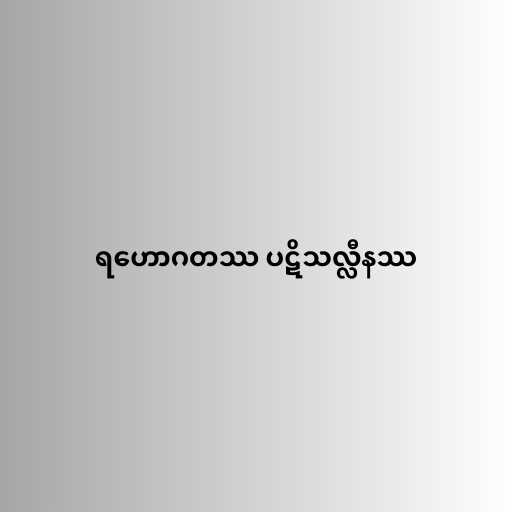
ရဟောဂတဿ ပဋိသလ္လီနဿ